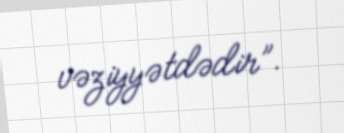
vəziyyətdədir”.